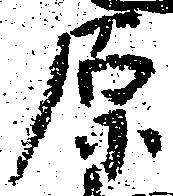
原